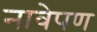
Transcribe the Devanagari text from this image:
नावेपण